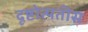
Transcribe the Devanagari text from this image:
दृष्टोत्पतीस